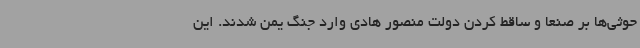
حوثی‌ها بر صنعا و ساقط کردن دولت منصور هادی وارد جنگ یمن شدند. این